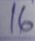
16